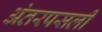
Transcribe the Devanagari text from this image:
अंतरपसली